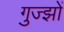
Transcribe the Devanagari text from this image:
गुज्झों